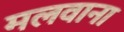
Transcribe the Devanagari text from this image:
मलवाना